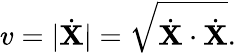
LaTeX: v=|{\dot{\mathbf{X}}}|={\sqrt{{\dot{\mathbf{X}}}\cdot{\dot{\mathbf{X}}}}}.